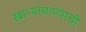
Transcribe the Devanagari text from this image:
खाऱ्यापाण्याची